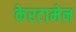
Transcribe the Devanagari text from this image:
केरटामेन